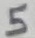
Text: 5